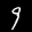
Label: 9